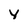
Character: Y